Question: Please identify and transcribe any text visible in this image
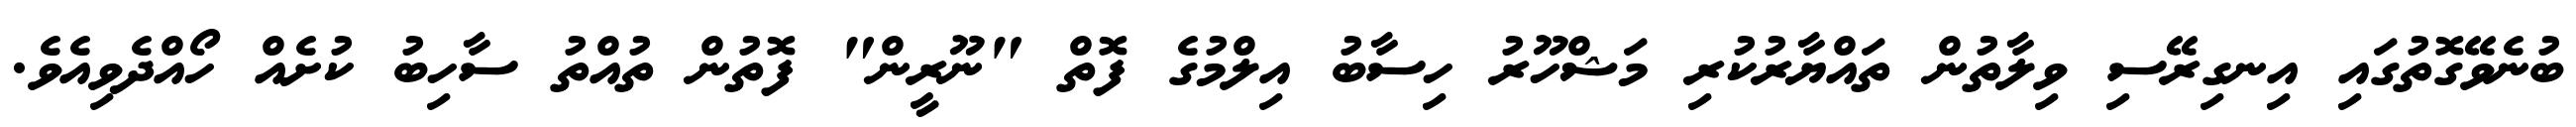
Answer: ބުނެވޭގޮތުގައި އިނގިރޭސި ވިލާތުން ތައްޔާރުކުރި މަޝްހޫރު ހިސާބު އިލްމުގެ ފޮތް "ނޫރީން" ފޮތުން ތުއްތު ސާހިބު ކުށެއް ހޯއްދެވިއެވެ.